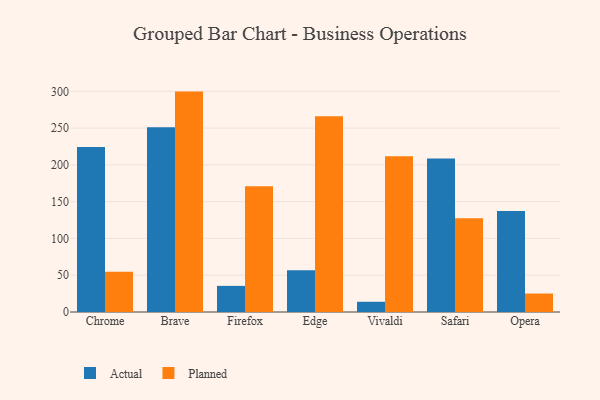
{"axis": {"x": "Browser", "y": "Revenue (USD Million)"}, "legend": ["Actual", "Planned"], "data": [{"x": "Chrome", "y": 224.3, "type": "Actual"}, {"x": "Chrome", "y": 54.7, "type": "Planned"}, {"x": "Brave", "y": 251.1, "type": "Actual"}, {"x": "Brave", "y": 299.6, "type": "Planned"}, {"x": "Firefox", "y": 35.5, "type": "Actual"}, {"x": "Firefox", "y": 170.9, "type": "Planned"}, {"x": "Edge", "y": 56.6, "type": "Actual"}, {"x": "Edge", "y": 266.0, "type": "Planned"}, {"x": "Vivaldi", "y": 13.9, "type": "Actual"}, {"x": "Vivaldi", "y": 211.6, "type": "Planned"}, {"x": "Safari", "y": 208.6, "type": "Actual"}, {"x": "Safari", "y": 127.6, "type": "Planned"}, {"x": "Opera", "y": 137.2, "type": "Actual"}, {"x": "Opera", "y": 25.1, "type": "Planned"}]}